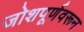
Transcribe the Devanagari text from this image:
जोशपूर्णवरून